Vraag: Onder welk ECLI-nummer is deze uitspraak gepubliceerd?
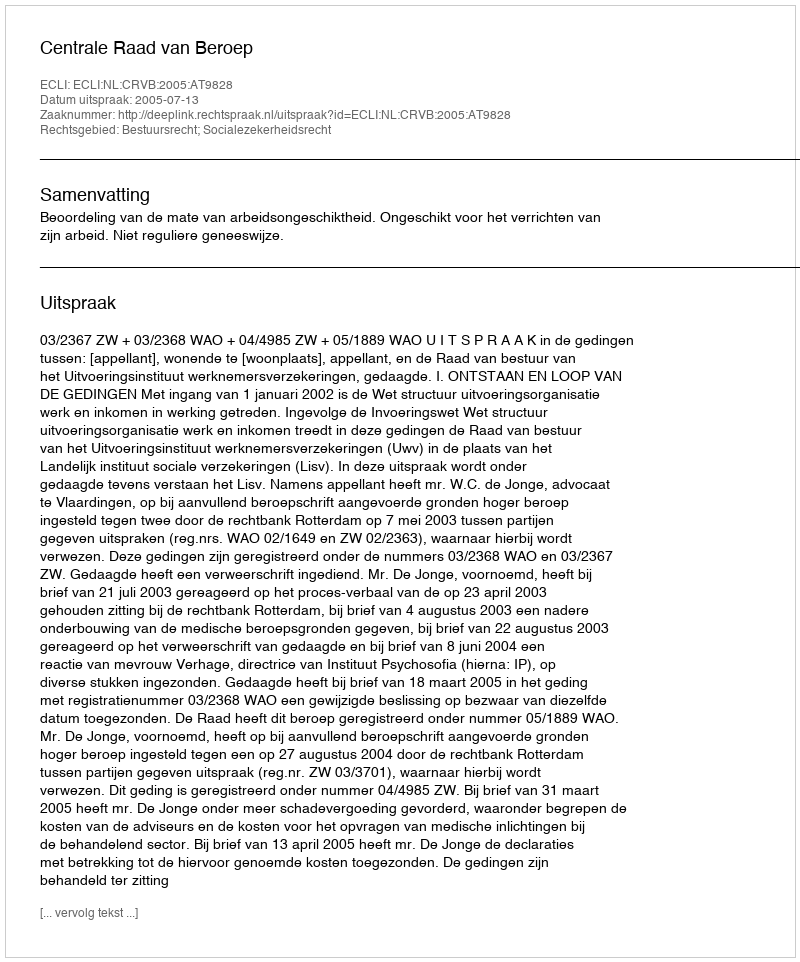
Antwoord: ECLI:NL:CRVB:2005:AT9828